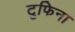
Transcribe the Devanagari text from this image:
टुफिना